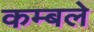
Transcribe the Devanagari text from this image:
कम्बले